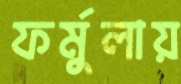
ফর্মুলায়